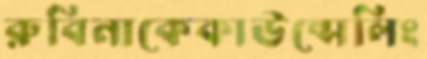
রুবিনাকেকাউন্সেলিং